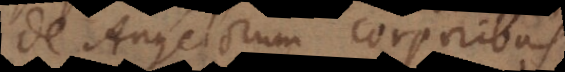
De Angelorum corporibus